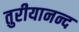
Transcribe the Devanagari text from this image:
तुरीयानन्द